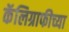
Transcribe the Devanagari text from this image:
कॅलिग्राफीच्या